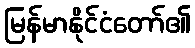
မြန်မာနိုင်ငံတော်၏